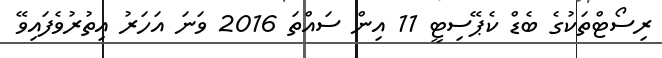
ރިސޯޓްތަކުގެ ބެޑް ކެޕޭސިޓީ 11 އިން ސައްތަ 2016 ވަނަ އަހަރު އިތުރުވެފައިވޭ